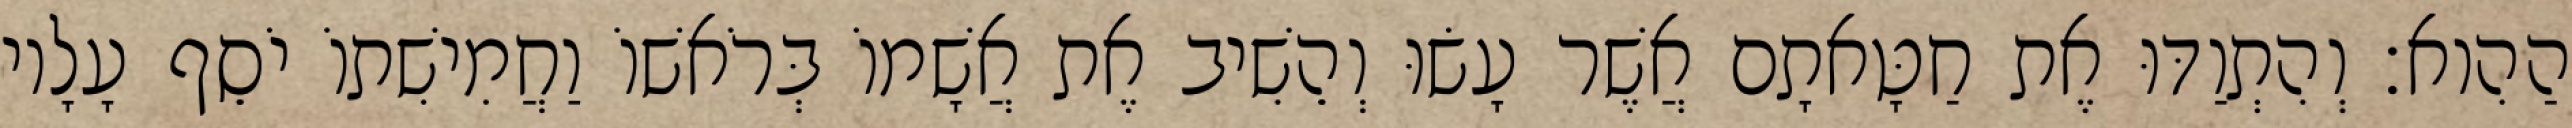
הַהִוא׃ וְהִתְוַדּוּ אֶת חַטָּאתָם אֲשֶׁר עָשׂוּ וְהֵשִׁיב אֶת אֲשָׁמוֹ בְּרֹאשׁוֹ וַחֲמִישִׁתוֹ יֹסֵף עָלָיו